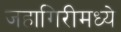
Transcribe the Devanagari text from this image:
जहागिरीमध्‍ये